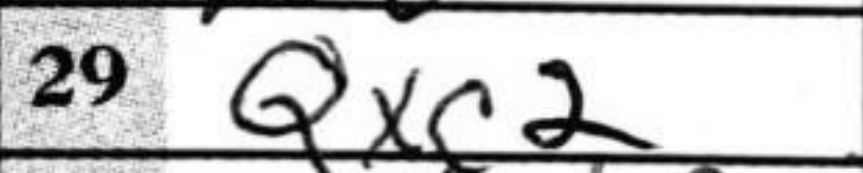
Transcription: Qxc2